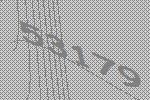
53179